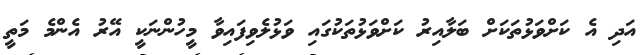
އަދި އެ ކަށްވަޅުތަކަށް ބަލާއިރު ކަށްވަޅުތަކުގައި ވަޅުލެވިފައިވާ މީހުންނަކީ އޭރު އެންމެ މަތީ